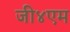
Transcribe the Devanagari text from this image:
जी४एम